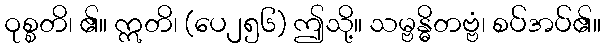
ဝုစ္စတိ၊ ၏။ ဣတိ၊ (ပေ၂၅၆) ဤသို့။ သမ္ဗန္ဓိတဗ္ဗံ၊ စပ်အပ်၏။